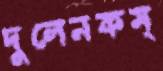
দুলেনকম্